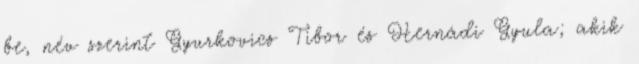
be, név szerint Gyurkovics Tibor és Hernádi Gyula; akik